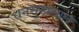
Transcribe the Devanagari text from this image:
धनसुखलाल